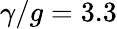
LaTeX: \gamma/g=3.3